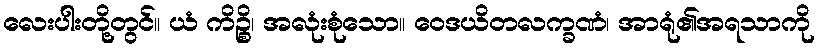
လေးပါးတို့တွင်။ ယံ ကိဉ္စိ၊ အလုံးစုံသော။ ဝေဒယိတလက္ခဏံ၊ အာရုံ၏အရသာကို